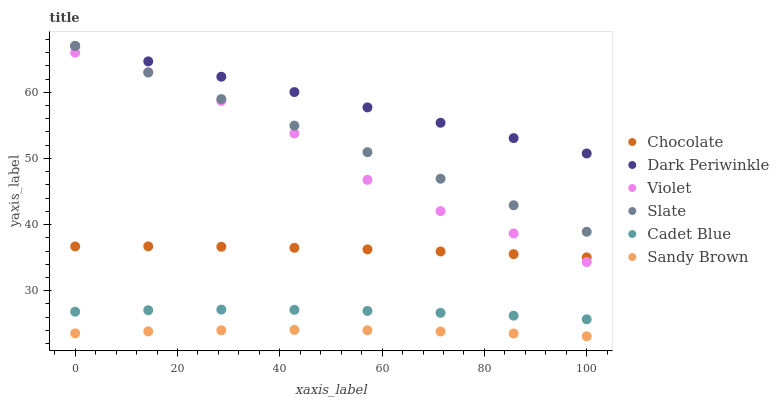
| xaxis_label | Chocolate | Dark Periwinkle | Violet | Slate | Cadet Blue | Sandy Brown |
 | --- | --- | --- | --- | --- | --- | --- |
 | 0 | 36.7 | 67 | 66 | 67 | 26.8 | 23.6 |
 | 14.3 | 36.7 | 64.7 | 63.1 | 63 | 27 | 23.8 |
 | 28.6 | 36.6 | 62.4 | 58.7 | 59 | 27.1 | 24 |
 | 42.9 | 36.5 | 60 | 53.8 | 55 | 27.1 | 24.1 |
 | 57.1 | 36.2 | 57.7 | 46.8 | 50.9 | 26.9 | 24 |
 | 71.4 | 35.9 | 55.4 | 42 | 46.9 | 26.6 | 23.8 |
 | 85.7 | 35.5 | 53.1 | 38.7 | 42.9 | 26.2 | 23.5 |
 | 100 | 35 | 50.8 | 34.3 | 38.9 | 25.7 | 23.1 |